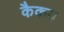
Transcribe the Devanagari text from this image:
कैकय